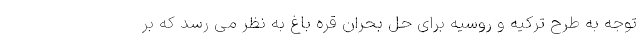
توجه به طرح ترکیه و روسیه برای حل بحران قره باغ به نظر می رسد که بر